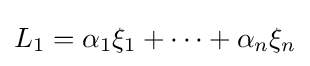
L_{1}=\alpha _{1}\xi _{1}+\cdots +\alpha _{n}\xi _{n}